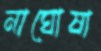
নাঘোষা